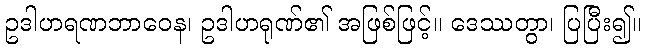
ဥဒါဟရဏဘာဝေန၊ ဥဒါဟရုဏ်၏ အဖြစ်ဖြင့်။ ဒေဿတွာ၊ ပြပြီး၍။